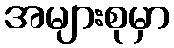
အများစုမှာ